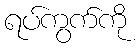
ရပ်ကွက်ကို